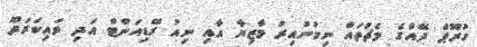
ގުރޫޕް ދޭއްގެ މެޗުތައް ނިމުނުއިރު މާޒިޔާ އާއި ނިއު ރޭޑިއަންޓް އަދި ވައިކަރަދޫ